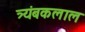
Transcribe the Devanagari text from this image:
त्र्यंबकलाल